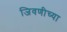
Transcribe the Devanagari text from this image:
जिवणीच्या